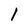
Character: l